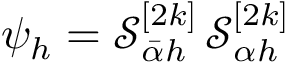
\psi _ { h } = \mathcal { S } _ { \bar { \alpha } h } ^ { [ 2 k ] } \, \mathcal { S } _ { \alpha h } ^ { [ 2 k ] }